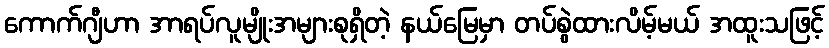
ကောက်ဂျီဟာ အာရပ်လူမျိုးအများစုရှိတဲ့ နယ်မြေမှာ တပ်စွဲထားလိမ့်မယ် အထူးသဖြင့်